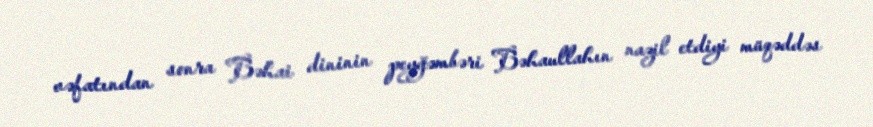
vəfatından sonra Bəhai dininin peyğəmbəri Bəhaullahın nazil etdiyi müqəddəs